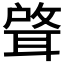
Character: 𫆈